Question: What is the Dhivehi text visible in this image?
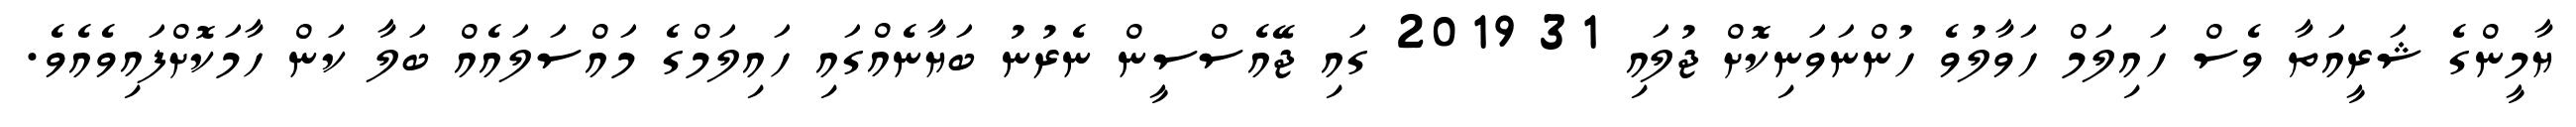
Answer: ޔާމީންގެ ޝަރީއަތާ ވެސް ހައިލަމް ހަވާލުވެ ހުންނަވަނިކޮށް ޖުލައި 31 2019 ގައި ޖޭއެސްސީން ނެރުނު ބަޔާނެއްގައި ހައިލަމްގެ މައްސަލައެއް ބަލާ ކަން ހާމަކޮށްފައިވެއެވެ.